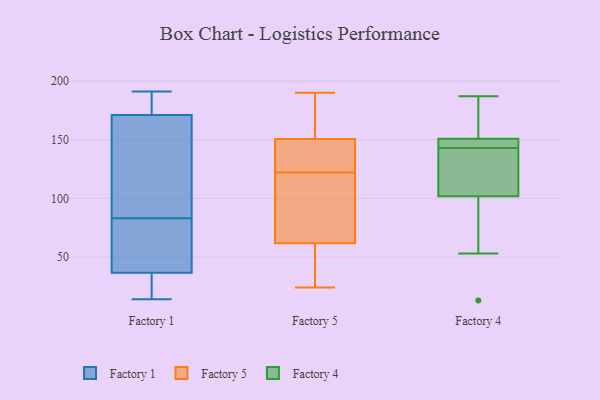
{"axis": {"x": "Shipments", "y": "Value"}, "legend": ["Factory 1", "Factory 4", "Factory 5"], "data": [{"x": "", "y": 191, "type": "Factory 1"}, {"x": "", "y": 161, "type": "Factory 1"}, {"x": "", "y": 183, "type": "Factory 1"}, {"x": "", "y": 38, "type": "Factory 1"}, {"x": "", "y": 185, "type": "Factory 1"}, {"x": "", "y": 35, "type": "Factory 1"}, {"x": "", "y": 171, "type": "Factory 1"}, {"x": "", "y": 180, "type": "Factory 1"}, {"x": "", "y": 50, "type": "Factory 1"}, {"x": "", "y": 21, "type": "Factory 1"}, {"x": "", "y": 74, "type": "Factory 1"}, {"x": "", "y": 81, "type": "Factory 1"}, {"x": "", "y": 14, "type": "Factory 1"}, {"x": "", "y": 32, "type": "Factory 1"}, {"x": "", "y": 31, "type": "Factory 1"}, {"x": "", "y": 171, "type": "Factory 1"}, {"x": "", "y": 134, "type": "Factory 1"}, {"x": "", "y": 85, "type": "Factory 1"}, {"x": "", "y": 74, "type": "Factory 1"}, {"x": "", "y": 98, "type": "Factory 1"}, {"x": "", "y": 135, "type": "Factory 5"}, {"x": "", "y": 62, "type": "Factory 5"}, {"x": "", "y": 119, "type": "Factory 5"}, {"x": "", "y": 50, "type": "Factory 5"}, {"x": "", "y": 164, "type": "Factory 5"}, {"x": "", "y": 68, "type": "Factory 5"}, {"x": "", "y": 28, "type": "Factory 5"}, {"x": "", "y": 24, "type": "Factory 5"}, {"x": "", "y": 61, "type": "Factory 5"}, {"x": "", "y": 161, "type": "Factory 5"}, {"x": "", "y": 190, "type": "Factory 5"}, {"x": "", "y": 144, "type": "Factory 5"}, {"x": "", "y": 147, "type": "Factory 5"}, {"x": "", "y": 144, "type": "Factory 5"}, {"x": "", "y": 86, "type": "Factory 5"}, {"x": "", "y": 176, "type": "Factory 5"}, {"x": "", "y": 122, "type": "Factory 5"}, {"x": "", "y": 148, "type": "Factory 4"}, {"x": "", "y": 183, "type": "Factory 4"}, {"x": "", "y": 135, "type": "Factory 4"}, {"x": "", "y": 71, "type": "Factory 4"}, {"x": "", "y": 143, "type": "Factory 4"}, {"x": "", "y": 156, "type": "Factory 4"}, {"x": "", "y": 112, "type": "Factory 4"}, {"x": "", "y": 149, "type": "Factory 4"}, {"x": "", "y": 145, "type": "Factory 4"}, {"x": "", "y": 112, "type": "Factory 4"}, {"x": "", "y": 13, "type": "Factory 4"}, {"x": "", "y": 187, "type": "Factory 4"}, {"x": "", "y": 53, "type": "Factory 4"}]}